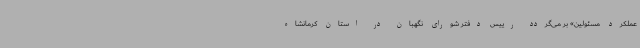
عملکرد مسئولین» بر می‌گردد رییس دفتر شورای نگهبان در استان کرمانشاه